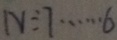
N \div 7 \cdots 6